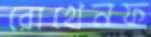
রোখেনফ